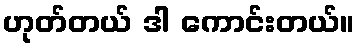
ဟုတ်တယ် ဒါ ကောင်းတယ်။